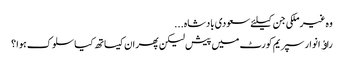
وہ غیرملکی جن کیلئے سعودی بادشاہ...
راﺅ انوار سپریم کورٹ میں پیش لیکن پھر ان کیساتھ کیا سلوک ہوا ؟